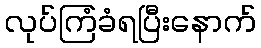
လုပ်ကြံခံရပြီးနောက်